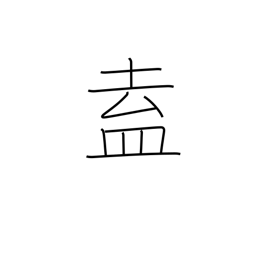
Meaning: congregate